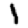
Digit: 1